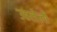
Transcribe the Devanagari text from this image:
उठलेली